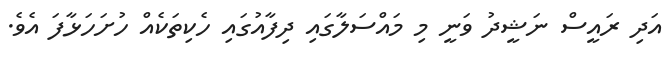
އަދި ރައީސް ނަޝީދު ވަނީ މި މައްސަލާގައި ދިފާއުގައި ހެކިތަކެއް ހުށަހަޅާފަ އެވެ.